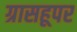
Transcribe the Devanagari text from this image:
ग्रासहूपर